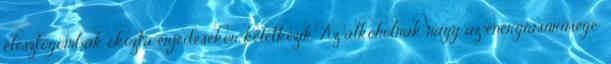
élesztőgombák okozta erjedésekor keletkezik. Az alkoholnak nagy az energiasűrűsége: